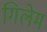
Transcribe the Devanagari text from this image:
गिलेम